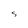
Character: S